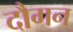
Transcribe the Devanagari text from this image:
दौगन